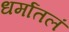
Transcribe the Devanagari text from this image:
धर्मातलं